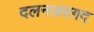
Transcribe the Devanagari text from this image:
दलनज़दगद